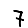
Digit: 7